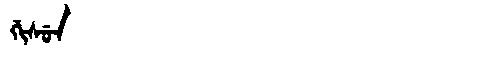
Manchu: ᡤᡳᠰᡠᠨ
Romanization: GISUN